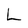
Character: L